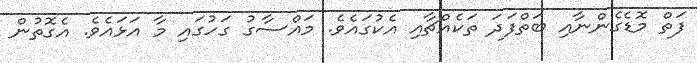
ފަތް މޮޑެގެންނާއި ބަތްފަދަ ތަކެއްޗާއި އެކުގައެވެ. މައްސާގު ގަހުގައި މާ އަޅައެވެ. އެގޮތުން